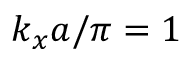
k _ { x } a / \pi = 1